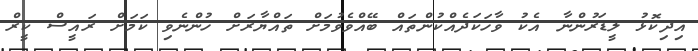
އިދިކޮޅު ލީޑަރުންނާ އެކު ވާހަކަދެއްކުންތައް ބޭއްވެވުމަށް ތައްޔާރަށް ހުންނެވި ކަމަށް ރައީސް ކީރް